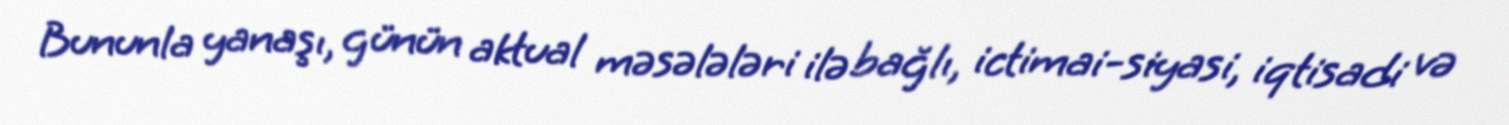
Bununla yanaşı, günün aktual məsələləri ilə bağlı, ictimai-siyasi, iqtisadi və